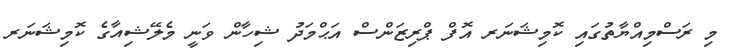
މި ރަސްމިއްޔާތުގައި ކޮމިޝަނަރ އޮފް ޕްރިޒަންސް އަޙްމަދު ޝިހާން ވަނީ މެލޭޝިއާގެ ކޮމިޝަނަރ